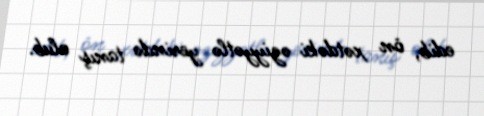
edib, ön xətdəki əziyyətlə yerində tanış olub.